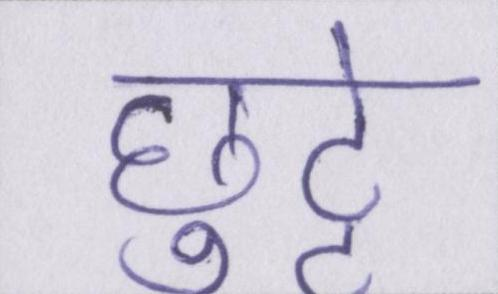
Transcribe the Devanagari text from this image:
छुट्टे